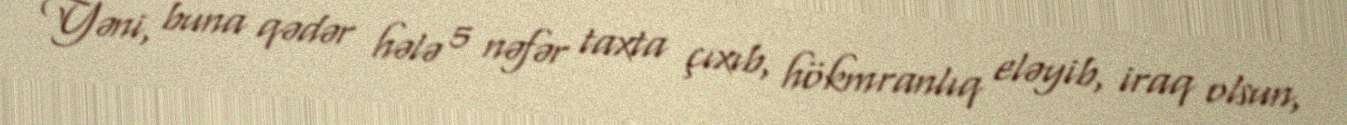
Yəni, buna qədər hələ 5 nəfər taxta çıxıb, hökmranlıq eləyib, iraq olsun,